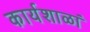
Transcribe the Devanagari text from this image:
कार्यशाळां